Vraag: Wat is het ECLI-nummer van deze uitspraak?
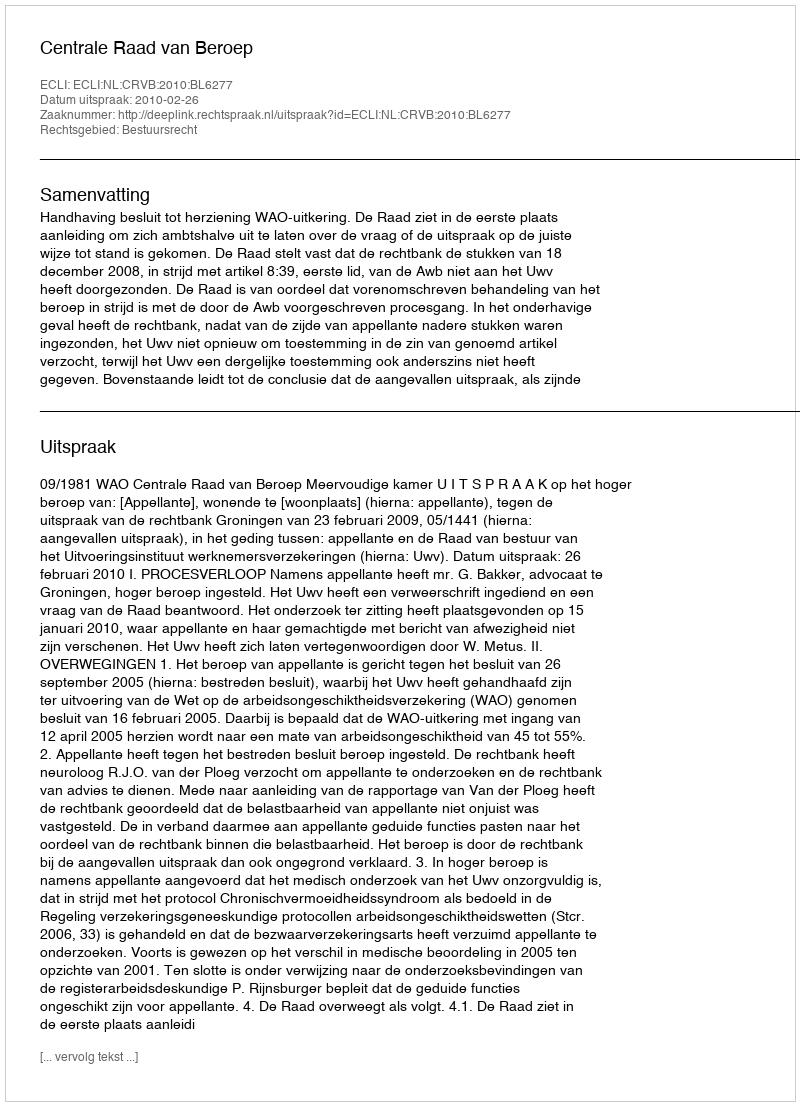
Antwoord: ECLI:NL:CRVB:2010:BL6277